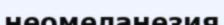
неомеланезия